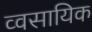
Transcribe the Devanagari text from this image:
व्वसायिक